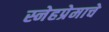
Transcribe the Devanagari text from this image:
स्नेहप्रेमाचे